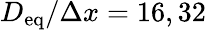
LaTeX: D_{\textup{eq}}/\Delta x=16,32